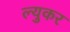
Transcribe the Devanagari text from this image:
ल्युकर